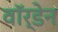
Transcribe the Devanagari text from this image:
वाॅर्डेन